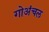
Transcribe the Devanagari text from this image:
गोअंचल